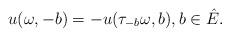
LaTeX: \begin{align*}u(\omega,-b) = -u(\tau_{-b}\omega,b),b\in \hat{E}.\end{align*}